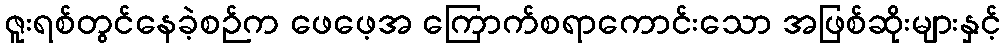
ဇူးရစ်တွင်နေခဲ့စဉ်က ဖေဖေ့အ ကြောက်စရာကောင်းသော အဖြစ်ဆိုးများနှင့်